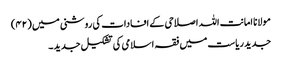
مولانا امانت اللہ اصلاحی کے افادات کی روشنی میں (۴۲)
جدید ریاست میں فقہ اسلامی کی تشکیل جدید ۔